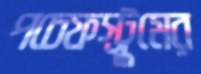
পচেফস্ট্রুমের